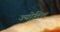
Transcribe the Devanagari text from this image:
ज्योतिश